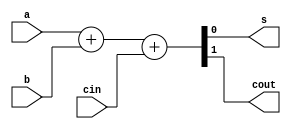
module adder (
 input cin, a, b,
 output s, cout
);

 assign {cout, s} = a + b + cin;

endmodule